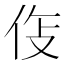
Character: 𫢛